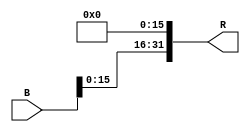
`timescale 1ns / 1ps
module Lui
(
    B,
    R
);

    input [31:0]B;

    output [31:0]R;

    assign R = { B[15:0] , 16'b0 };
    
endmodule